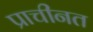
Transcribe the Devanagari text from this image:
प्राचीनत